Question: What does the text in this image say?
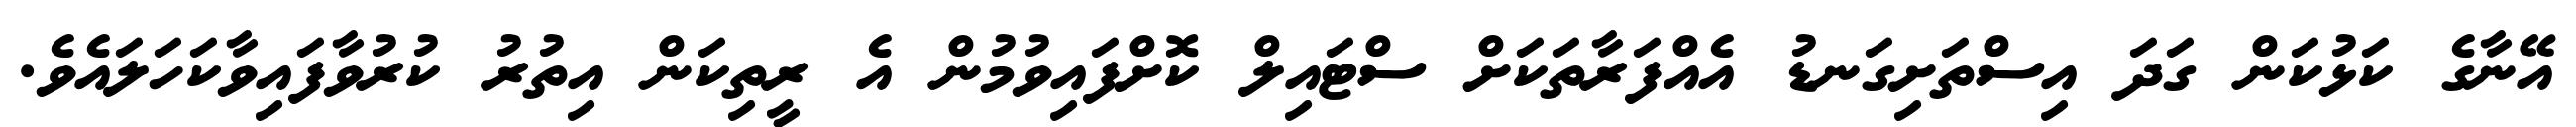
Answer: އޭނާގެ ކަޅުކަން ގަދަ އިސްތަށިގަނޑު އެއްފަރާތަކަށް ސްޓައިލް ކޮށްފައިވުމުން އެ ރީތިކަން އިތުރު ކުރުވާފައިވާކަހަލައެވެ.